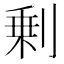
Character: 剰